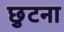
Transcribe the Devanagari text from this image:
छुटना